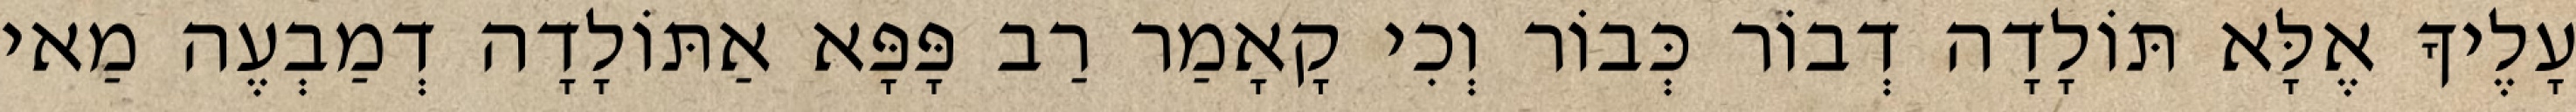
עָלֶיךָ אֶלָּא תּוֹלָדָה דְבוֹר כְּבוֹר וְכִי קָאָמַר רַב פָּפָּא אַתּוֹלָדָה דְמַבְעֶה מַאי